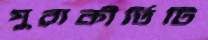
পুরাকীর্তিটি